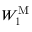
W _ { 1 } ^ { \mathrm { M } }